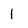
Character: 1